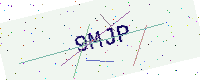
Text: 9MJP